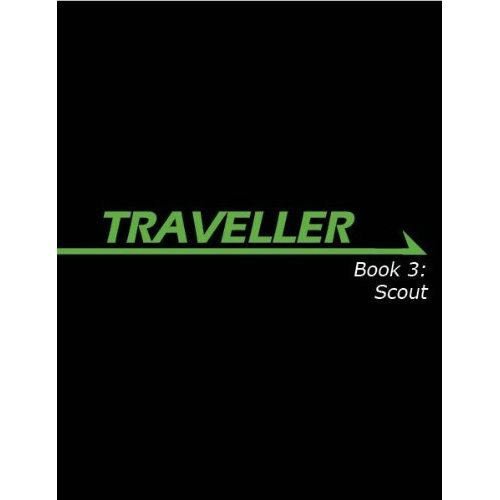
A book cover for Traveller Book 3: Scout (Traveller Sci-Fi Roleplaying); Lawrence Whitaker; Science Fiction & Fantasy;